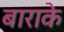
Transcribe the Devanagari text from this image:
बाराके